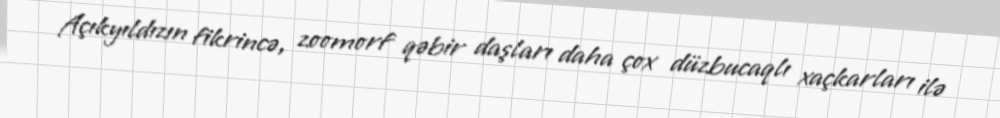
Açıkyıldızın fikrincə, zoomorf qəbir daşları daha çox düzbucaqlı xaçkarları ilə